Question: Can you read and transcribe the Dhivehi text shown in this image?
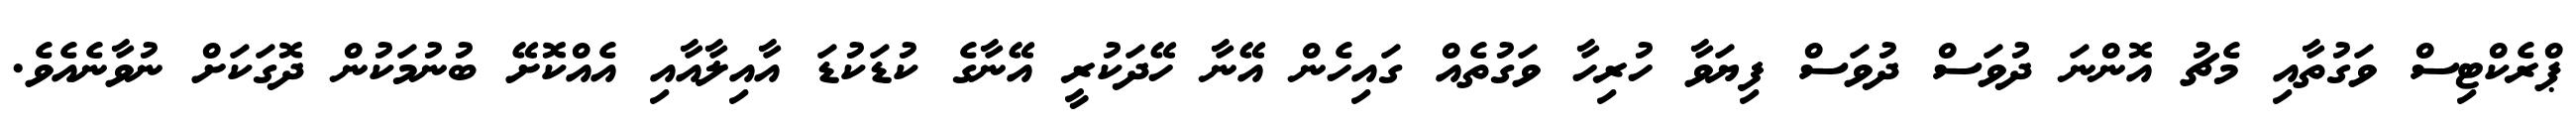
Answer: ޕްރެކްޓިސް ވަގުތާއި މެޗު އޮންނަ ދުވަސް ދުވަސް ފިޔަވާ ހުރިހާ ވަގުތެއް ގައިހެން އޭނާ ހޭދަކުރީ އޭނާގެ ކުޑަކުޑަ އާއިލާއާއި އެއްކޮށޭ ބުނުމަކުން ދޮގަކަށް ނުވާނެއެވެ.